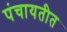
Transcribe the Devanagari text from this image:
पंचायतीत